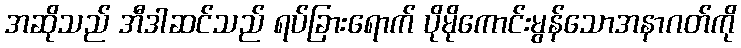
အဆိုသည် အီဒါဆင်သည် ရပ်ခြားရောက် ပိုမိုကောင်းမွန်သောအနာဂတ်ကို